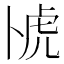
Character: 𫧰